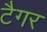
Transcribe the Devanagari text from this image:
टैगर